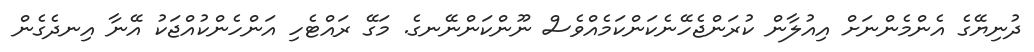
ދުނިޔޭގެ އެންމެންނަށް އިއުލާން ކުރަންޖެހޭނެކަންކަމެއްވެސް ނޫންކަންނޭނގެ. މަގޭ ރައްޓެހި އަންހެންކުއްޖަކު އޭނާ އިނދެގެން